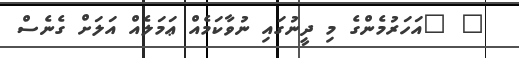
" "އަހަރުމެންގެ މި ދީނުގައި ނުވާކަމެއް ޢަމަލެއް އަލަށް ގެނެސް